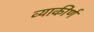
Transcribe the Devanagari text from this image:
व्याकीर्ण